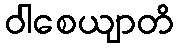
ဝါစေယျာတိ